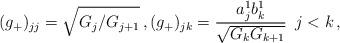
LaTeX: \begin{align*} (g_+)_{jj}=\sqrt{G_j /G_{j+1}}\,, (g_+)_{jk}=\frac{a_j^1b_k^1}{\sqrt{G_k G_{k+1}}}\,\,\, j<k\,,\end{align*}